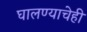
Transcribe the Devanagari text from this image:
घालण्‍याचेही